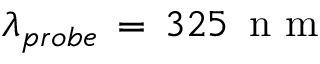
\lambda _ { p r o b e } \, = \, 3 2 5 \, \mathrm { ~ n ~ m ~ }